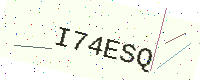
Text: I74ESQ